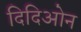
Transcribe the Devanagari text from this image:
दिदिओन